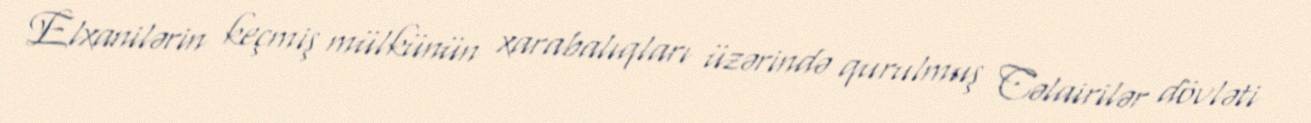
Elxanilərin keçmiş mülkünün xarabalıqları üzərində qurulmuş Cəlairilər dövləti